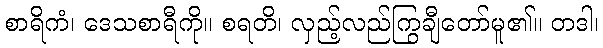
စာရိကံ၊ ဒေသစာရီကို။ စရတိ၊ လှည့်လည်ကြွချီတော်မူ၏။ တဒါ၊